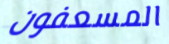
المسعفون